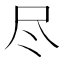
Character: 尽